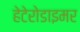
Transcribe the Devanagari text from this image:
हेटेरोडाइमर